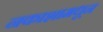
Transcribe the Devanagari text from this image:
नकाशामधून